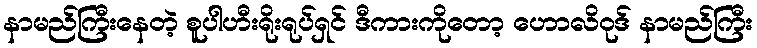
နာမည်ကြီးနေတဲ့ စူပါဟီးရိုးရုပ်ရှင် ဒီကားကိုတော့ ဟောလိဝုဒ် နာမည်ကြီး